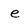
Character: e